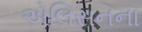
એલિસનના